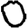
Digit: 0